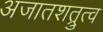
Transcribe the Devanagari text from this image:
अजातशत्रुत्व